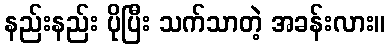
နည်းနည်း ပိုပြီး သက်သာတဲ့ အခန်းလား။